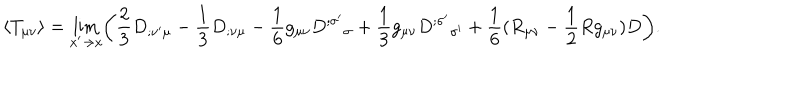
LaTeX: \langle T _ { \mu \nu } \rangle = \lim _ { x ^ { \prime } \rightarrow x } \biggl ( { \frac { 2 } { 3 } } D _ { ; \nu ^ { \prime } \mu } - { \frac { 1 } { 3 } } D _ { ; \nu \mu } - { \frac { 1 } { 6 } } g _ { \mu \nu } D ^ { ; \sigma ^ { \prime } } { } _ { \sigma } + { \frac { 1 } { 3 } } g _ { \mu \nu } D ^ { ; \sigma ^ { \prime } } { } _ { \sigma ^ { \prime } } + { \frac { 1 } { 6 } } ( R _ { \mu \nu } - { \frac { 1 } { 2 } } R g _ { \mu \nu } ) D \biggr ) .